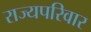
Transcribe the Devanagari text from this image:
राज्यपरिवार